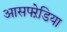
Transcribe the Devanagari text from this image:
आसफ्ऱेडिया